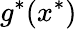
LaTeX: g^{*}(x^{*})